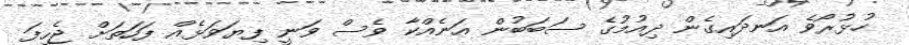
ހުޅުރޯވެ އަނދައިގެން ދިއުމުގެ ސަބަބުން އަނެއްކާ ވެސް ވަނީ ފިޔަވަޅެއް ފަހަތަށް ޖެހިފަ